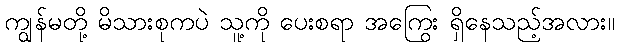
ကျွန်မတို့ မိသားစုကပဲ သူ့ကို ပေးစရာ အကြွေး ရှိနေသည့်အလား။